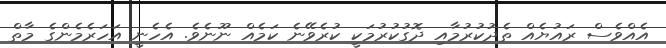
އެއްވެސް ރައުޔެއް ތެދުކުރުމާއި ދޮގުކުރުމަކީ ކުރެވޭނެ ކަމެއް ނޫނެވެ. އެހެނީ އަހަރެމެންގެ މާތް